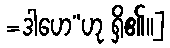
=ဒါဟေ”ဟု ရှိ၏၊၊]